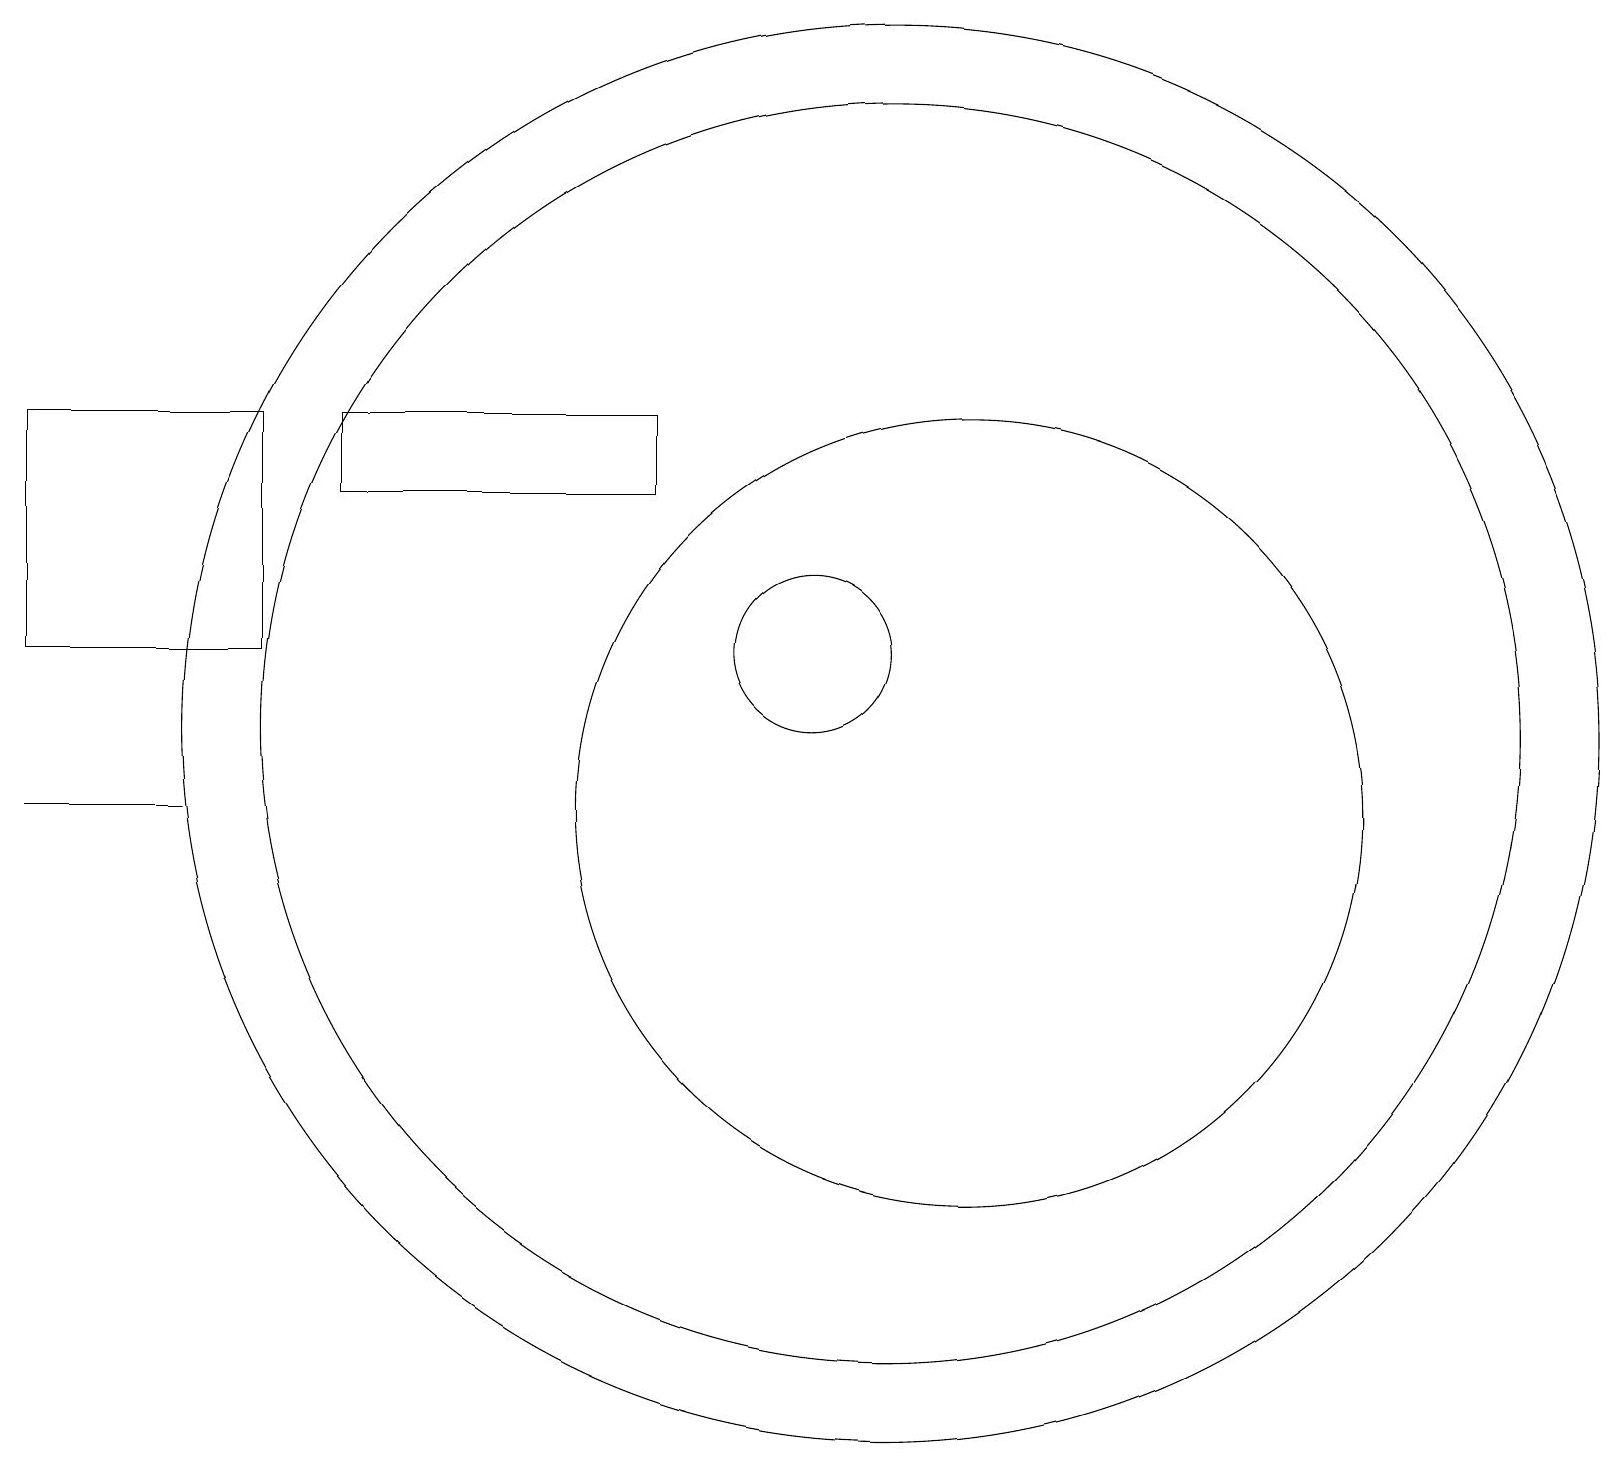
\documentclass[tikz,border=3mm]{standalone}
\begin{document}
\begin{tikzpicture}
\draw (3,12) rectangle (0,15);
\draw (10,12) circle (1);
\draw (11,11) circle (9);
\draw (11,11) circle (8);
\draw (4,14) rectangle (8,15);
\draw (12,10) circle (5);
\draw (0,10) rectangle (2,10);
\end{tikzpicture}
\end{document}